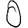
Digit: 0